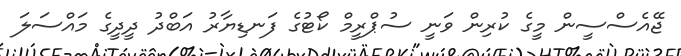
ޖޭއެސްސީން މީގެ ކުރިން ވަނީ ސުޕްރީމް ކޯޓުގެ ފަނޑިޔާރު އަބްދު ދީދީގެ މައްސަލަ